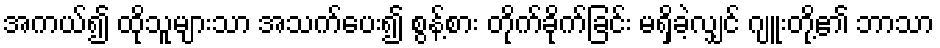
အကယ်၍ ထိုသူများသာ အသက်ပေး၍ စွန့်စား တိုက်ခိုက်ခြင်း မရှိခဲ့လျှင် ဂျူးတို့၏ ဘာသာ